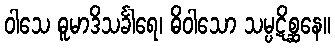
ဝါသေ ဓူမာဒိသင်္ခါရေ၊ ဓိဝါသော သမ္ပဋိစ္ဆနေ။